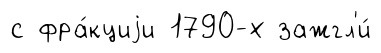
с фра́кциjи 1790-х зажгл'и́